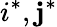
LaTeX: i^{*},\mathbf{j}^{*}